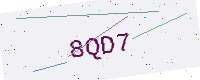
Text: 8QD7